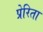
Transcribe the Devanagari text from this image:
प्रेरिता